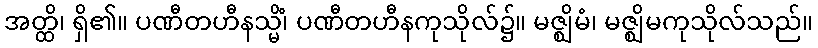
အတ္ထိ၊ ရှိ၏။ ပဏီတဟီနသ္မိံ၊ ပဏီတဟီနကုသိုလ်၌။ မဇ္ဈိမံ၊ မဇ္ဈိမကုသိုလ်သည်။